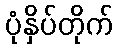
ပုံနှိပ်တိုက်